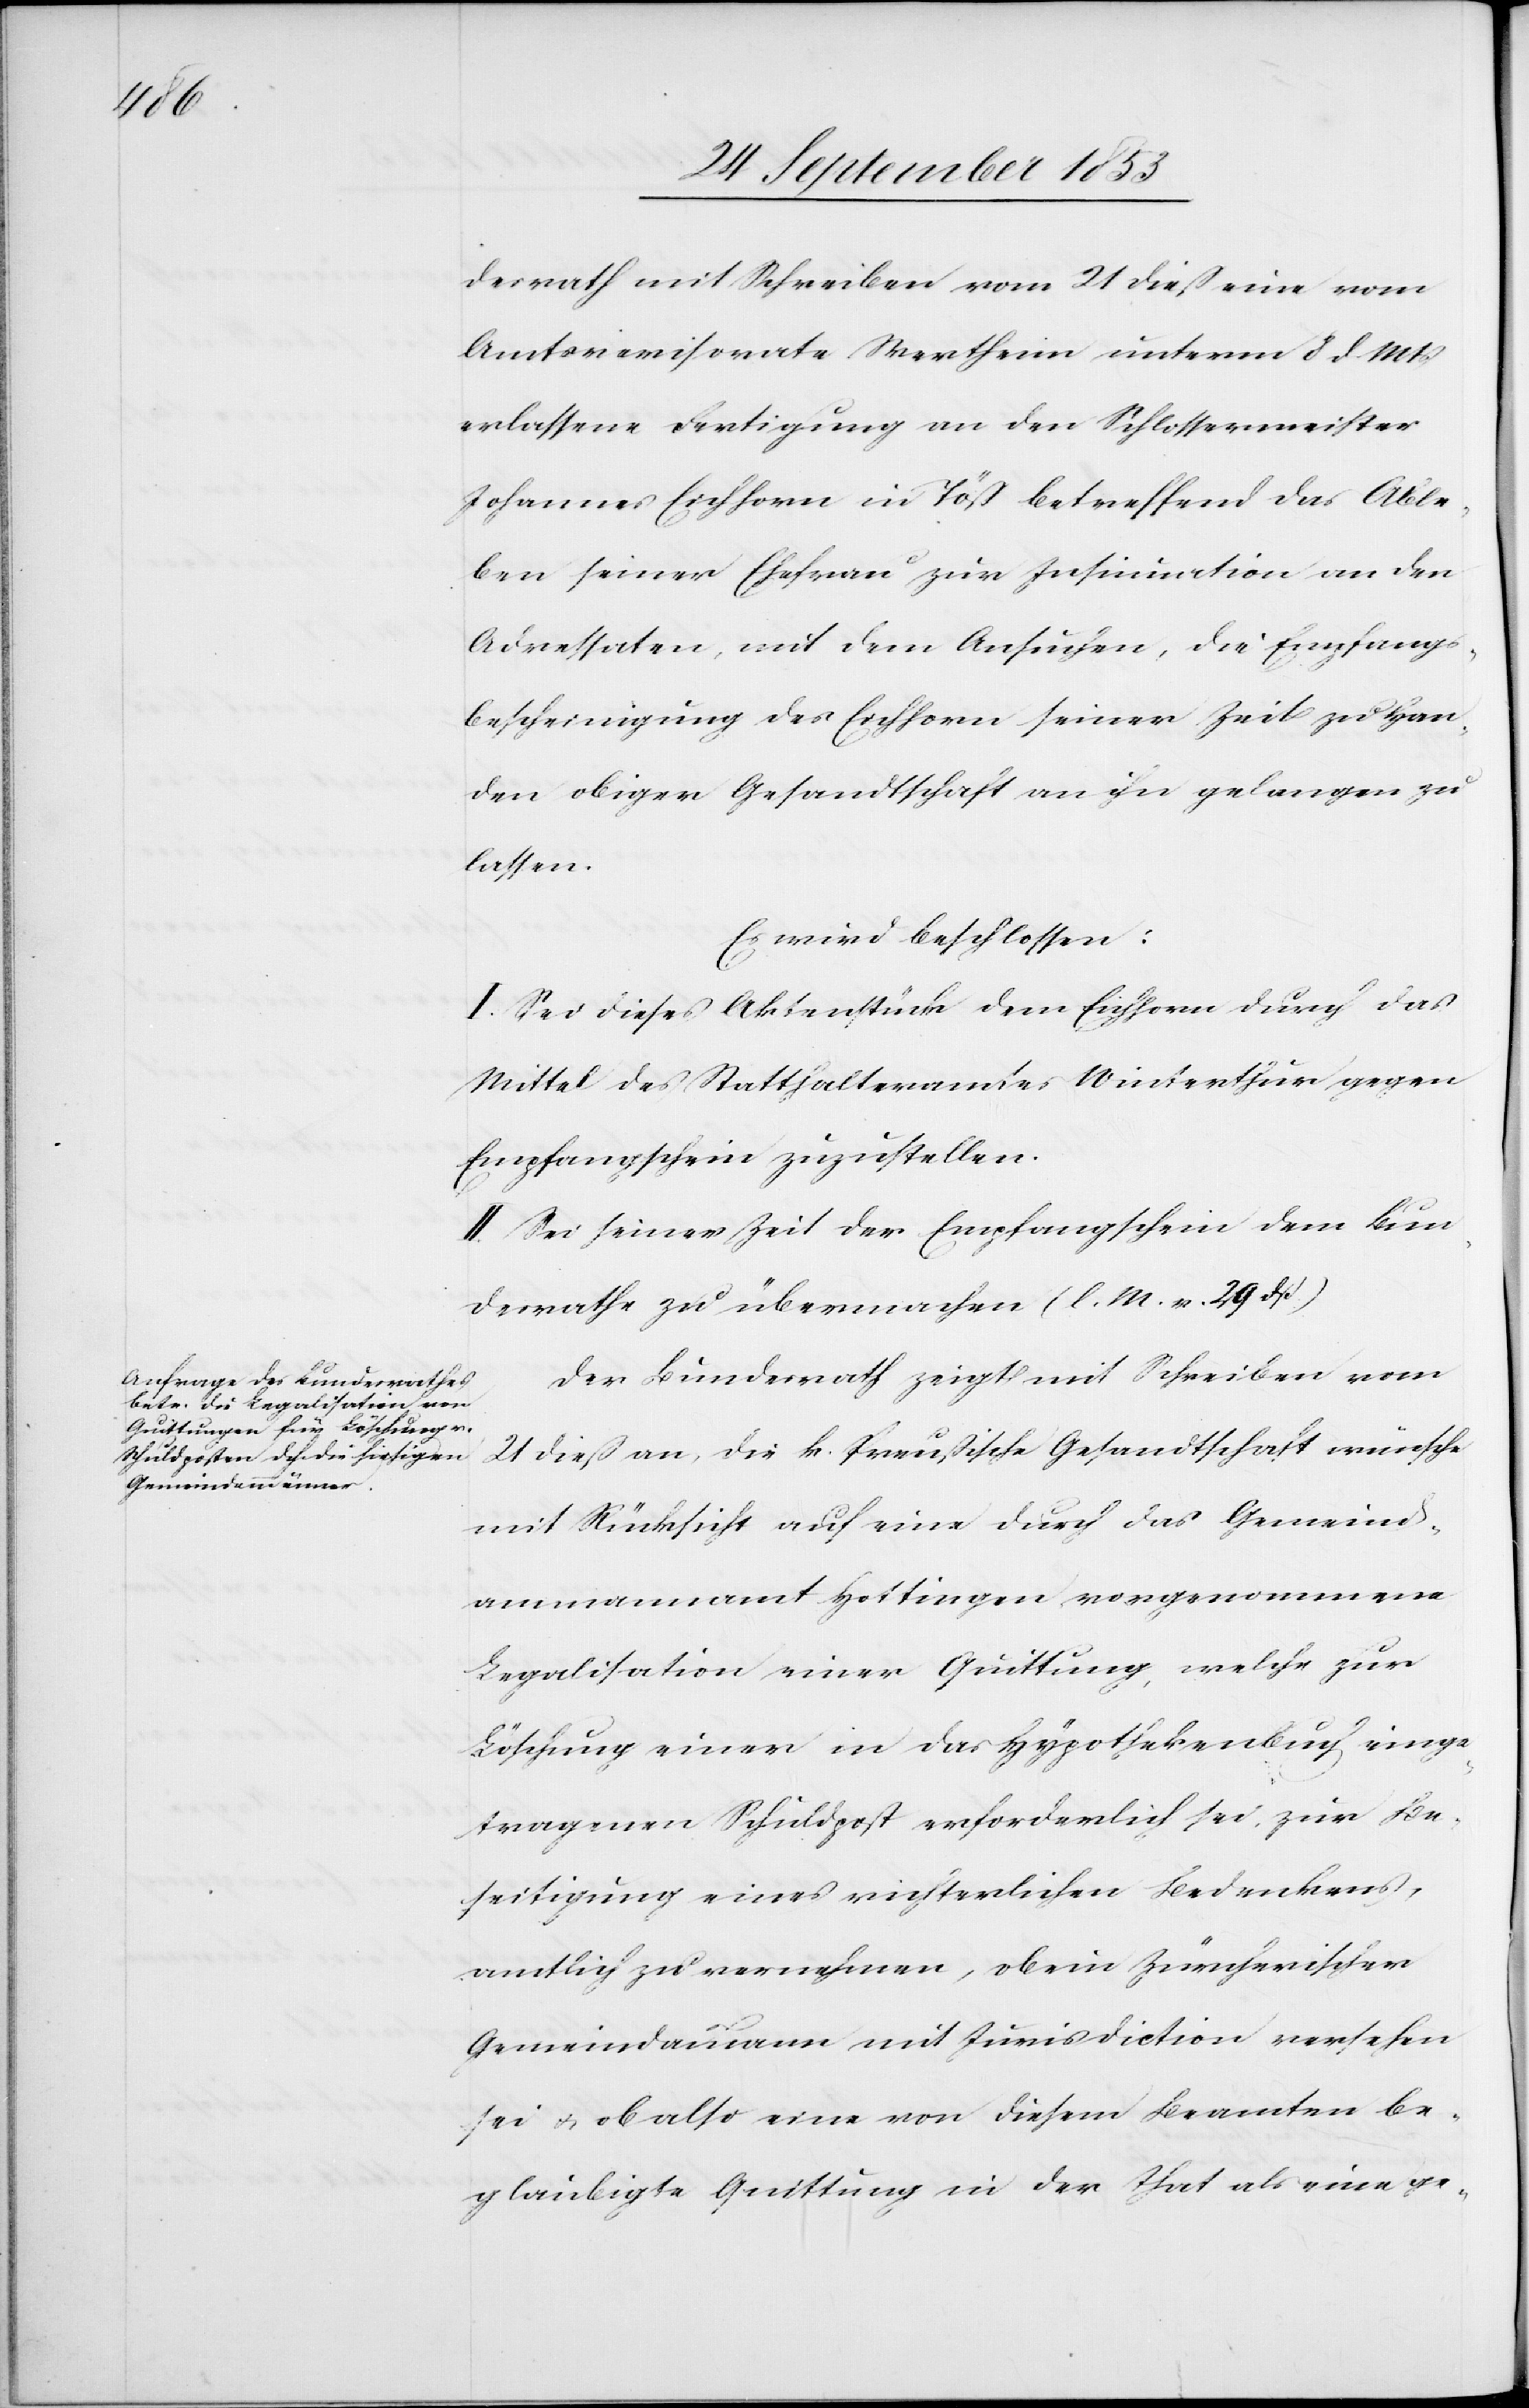
desrath mit Schreiben vom 21 dieß eine vom
Amtsrevisorate Wertheim unterm 8 d. Mts.
erlassene Fertigung an den Schlossermeister
Johannes Eichhorn in Töß betreffend Able¬
ben seiner Ehefrau zur Insinuation an den
Adressaten, mit dem Ansuchen, die Empfangs¬
bescheinigung des Eichhorn seiner Zeit zu Han¬
den obiger Gesandtschaft an ihn gelangen zu
lassen.
Es wird beschlossen:
I. Sei dieses Aktenstück dem Eichhorn durch das
Mittel des Statthalteramtes Winterthur gegen
Empfangsschein zuzustellen.
II. Sei seiner Zeit der Empfangsschein dem Bun¬
desrathe zu übermachen [l. M. v. 29 dß]
Der Bundesrath zeigt mit Schreiben vom
21 dieß an, die k. Preußische Gesandtschaft wünsche
mit Rücksicht auf eine durch das Gemeinds¬
ammannamt Hottingen vorgenommene
Legalisation einer Quittung, welche zur
Löschung einer in das Hypothekenbuch einge¬
tragenen Schuldpost erforderlich sei, zur Be¬
seitigung eines richterlichen Bedenkens,
amtlich zu vernehmen, ob ein Zürcherischer
Gemeindammann mit Jurisdiction versehen
sei u. ob also eine von diesem Beamten be¬
glaubigte Quittung in der That als eine ge-